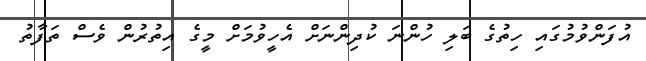
އުފަންވުމުގައި ހިތުގެ ބަލި ހުންނަ ކުދިންނަށް އެހީވުމަށް މީގެ އިތުރުން ވެސް ތަފާތު